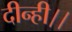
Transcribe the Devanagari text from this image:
दीन्ही।।